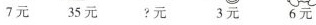
7元 35元 ?元 3元 6元